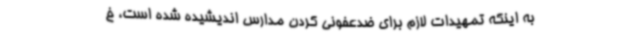
به اینکه تمهیدات لازم برای ضدعفونی کردن مدارس اندیشیده شده است، خ